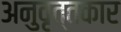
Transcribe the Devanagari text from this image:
अनुवृत्तकार